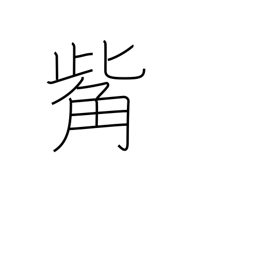
Meaning: beak